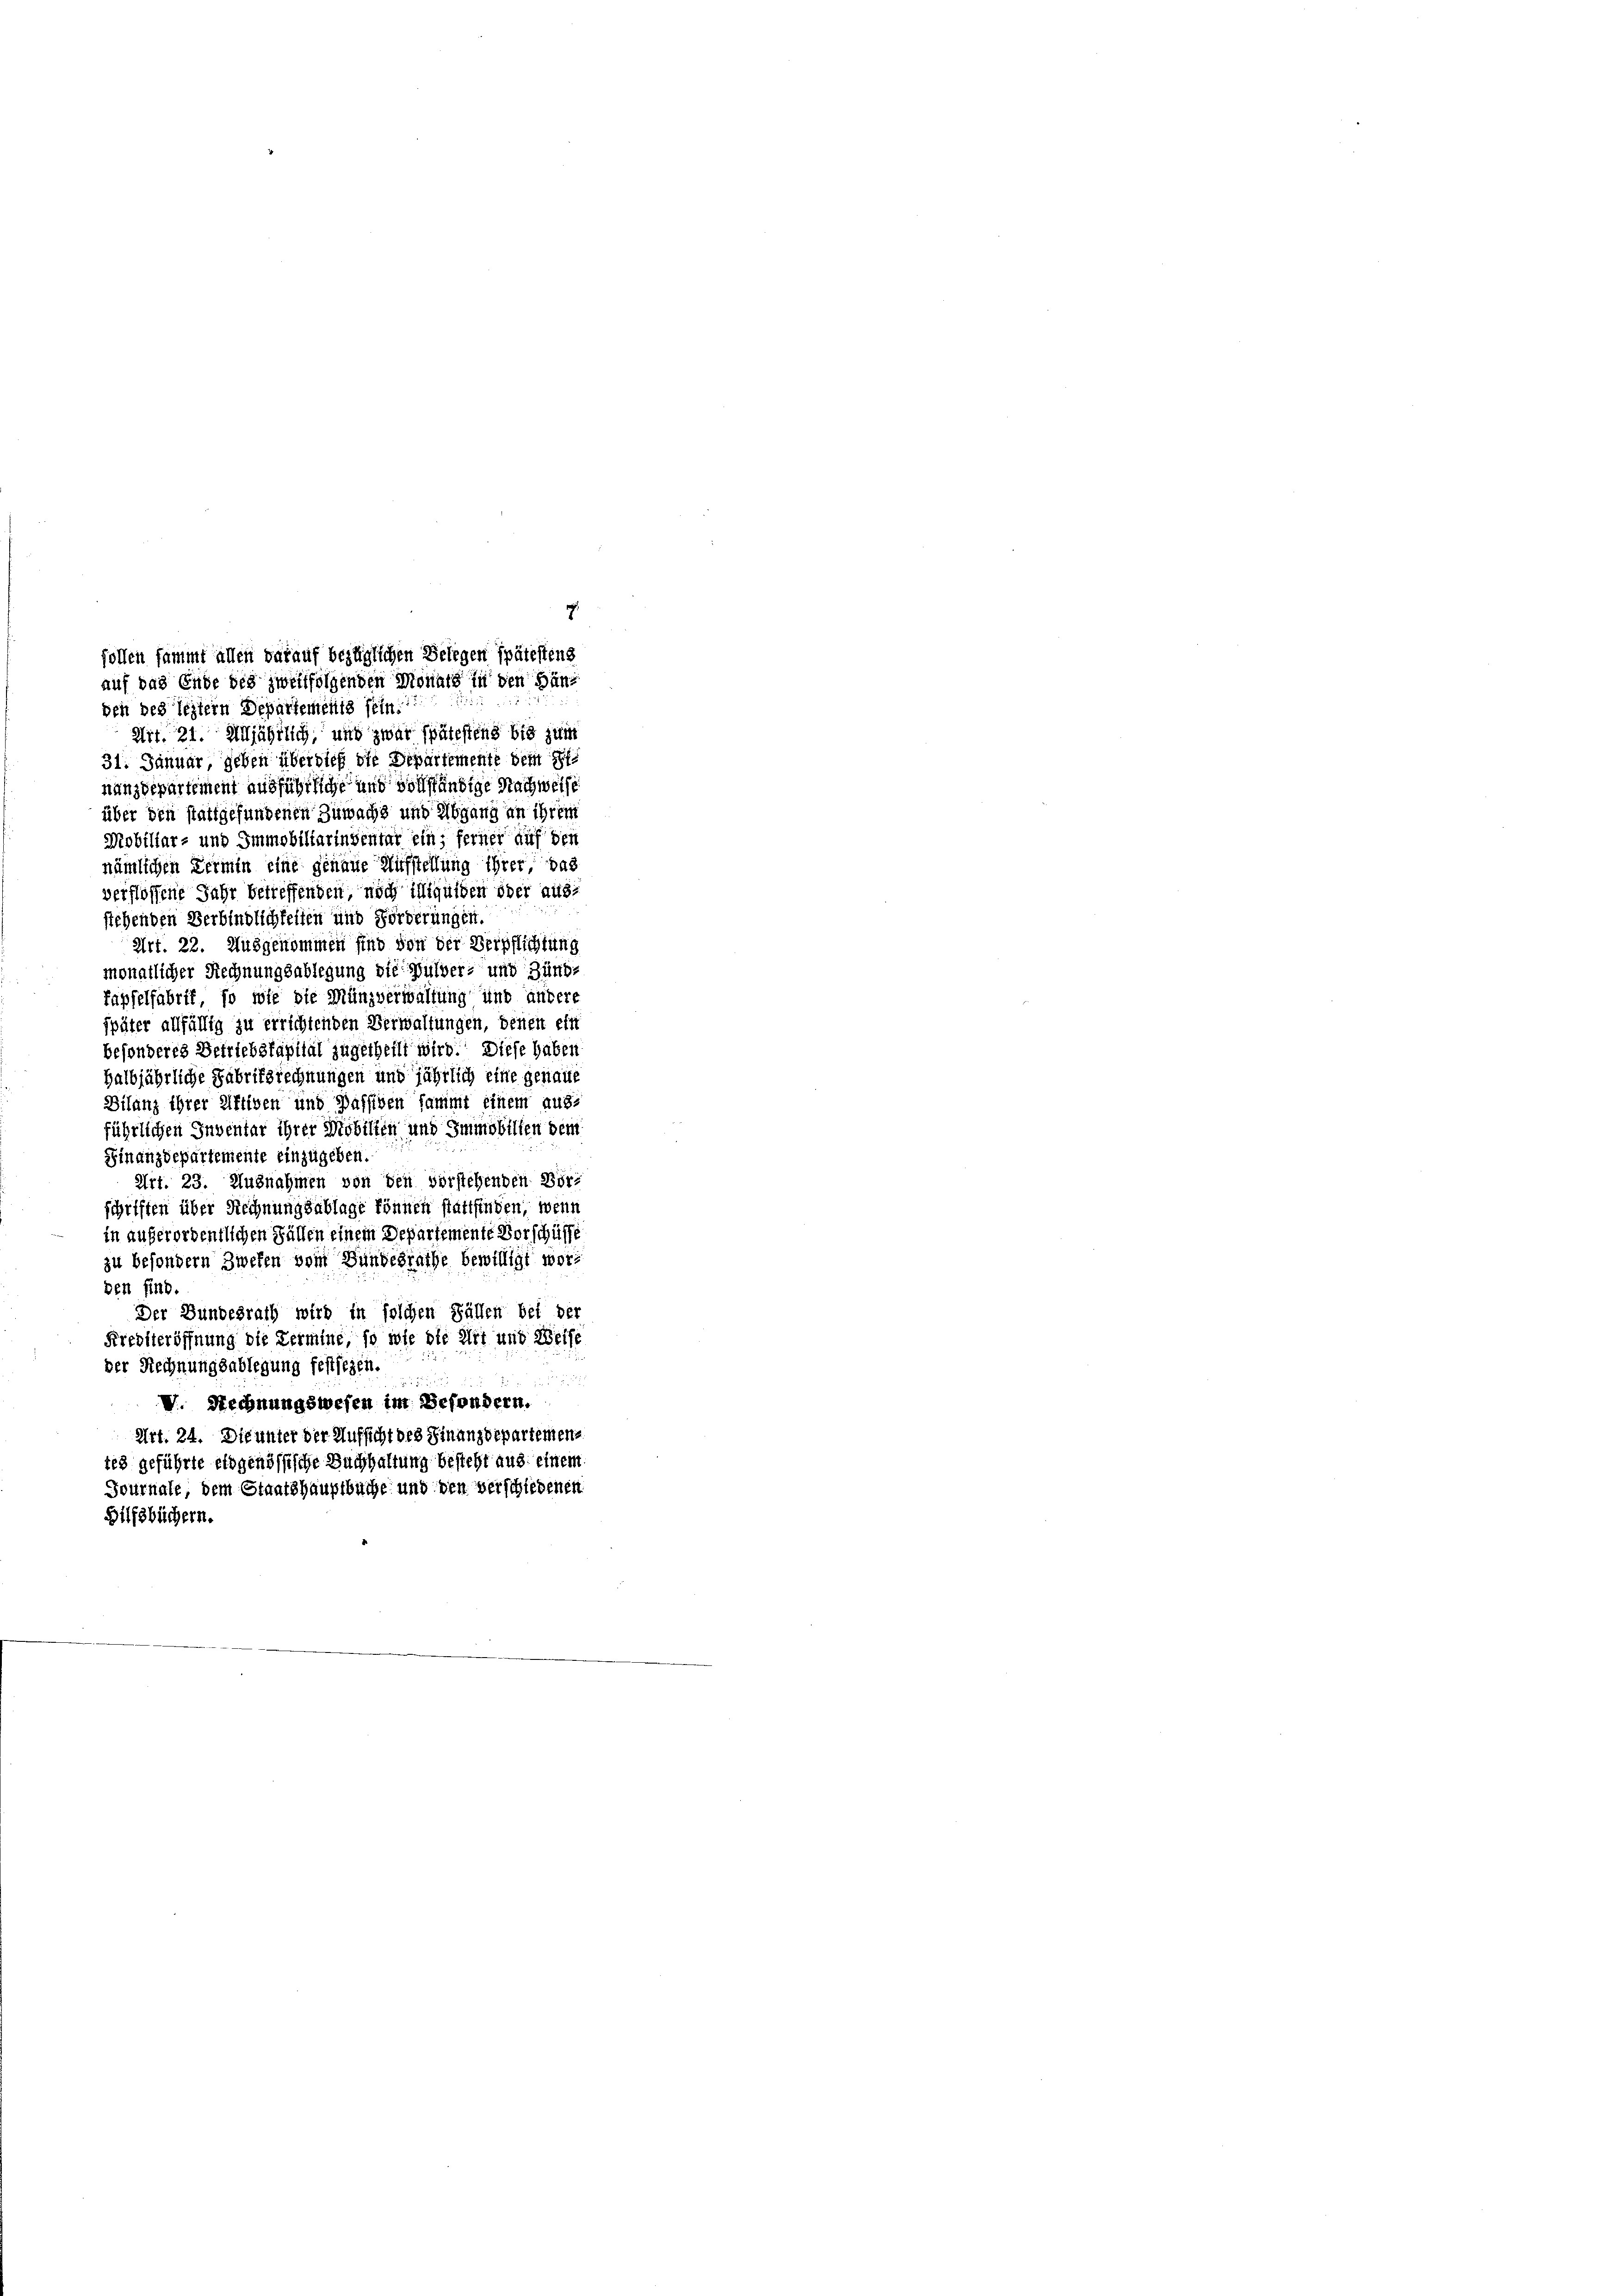
Art. 21. Alljährlich, und zwar spätestens bis zum
31. Januar, geben überdieß die Departemente dem St
nanzdepartement ausführliche und vollständige Nachweise
über den stattgefundenen Zuwachs und Abgang an ihrem
Mobiliar- und Immobiliarinsentar ein; ferner auf den
nämlichen Termin eine genaue Aufstellung ihrer das
verflossene Jahr betreffenden, noch iniquiden oder ausstehenden Verbindlichkeiten und Förderungen.
Art. 22. Ausgenommen sind von der Verpflichtung
monatlicher Rechnungsablegung die Pulver, und Zünd-
Tapfelfabrit, so wie die Münzverwaltung und andere
später allfällig zu errichtenden Verwaltungen, denen ein
besonderes Betriebskapital zugetheilt wird. Diese haben
halbjährliche Fabriksrechnungen und jährlich eine genaue
Bilanz ihrer Aftiven und Passiven sammt einem ausführlichen Inventar ihrer Mobilten und Immobilien dem
Finanzdepartemente einzugeben.
Art. 23. Ausnahmen von den vorstehenden Börschriften über Rechnungsablage können stattfinden, wenn
in außerordentlichen Fällen einem Departemente Vorschüsse
zu besondern Zweken vom Bundesrathe bewilligt worden find.
Der Bundesrath wird in solchen Fällen bei der
Krediteröffnung die Termine, so wie die Art und Weise
der Rechnungsablegung festsezen.

V. Rechnungswesen im Besondern.
Art. 24. Die unter der Aufsicht des Finanzdepartemens
tes geführte eidgenössische Buchhaltung besteht aus einem
Journale, dem Staatshauptbuche und den verschiedenen
Hilfsbüchern.

3
follen sammt allen darauf bezüglichen Belegen spätestens
auf das Ende des zweitfolgenden Monats in den Hanben begleitern Departements sein.